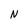
Character: N